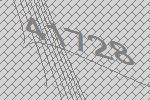
41728